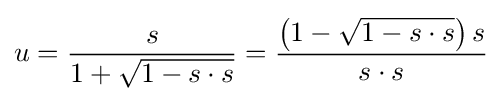
u={\frac {s}{1+{\sqrt {1-s\cdot s}}}}={\frac {\left(1-{\sqrt {1-s\cdot s}}\right)s}{s\cdot s}}